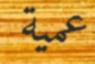
عمية